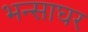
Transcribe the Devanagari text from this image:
भन्साघर